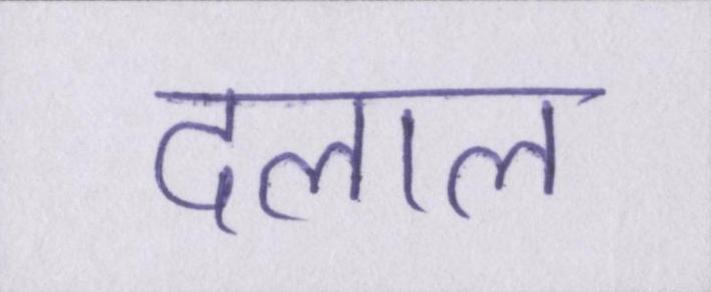
दलाल